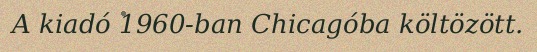
A kiadó 1960-ban Chicagóba költözött.